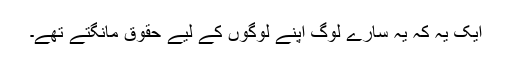
ایک یہ کہ یہ سارے لوگ اپنے لوگوں کے لیے حقوق مانگتے تھے۔